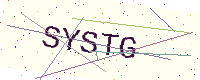
Text: SYSTG